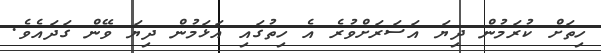
ހިތަށް ކުރަމުން ދިޔަ އަސަރަށްވުރެ އެ ހިތުގައި އަޅަމުން ދިޔަ ވޭން ގަދައެވެ.